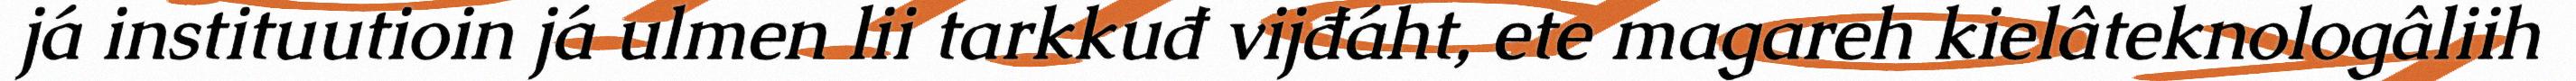
já instituutioin já ulmen lii tarkkuđ vijđáht, ete magareh kielâteknologâliih